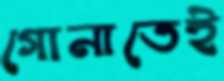
গোনাতেই